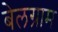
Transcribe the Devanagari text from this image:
बेलग्राम